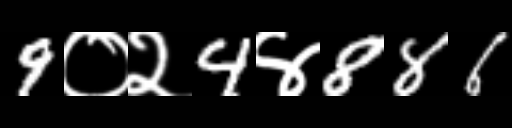
Text: 9०२4४886